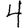
Digit: 4